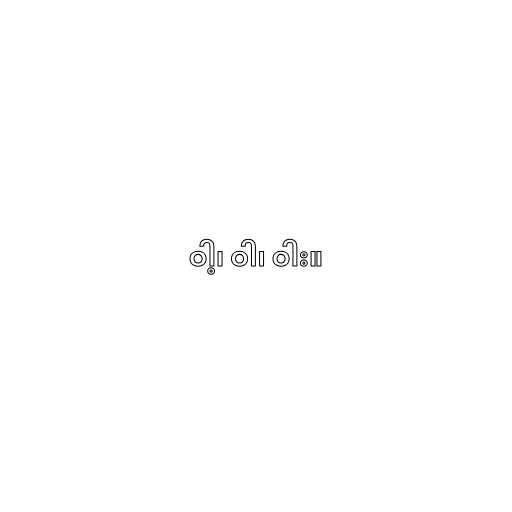
ဝါ့၊ ဝါ၊ ဝါး။